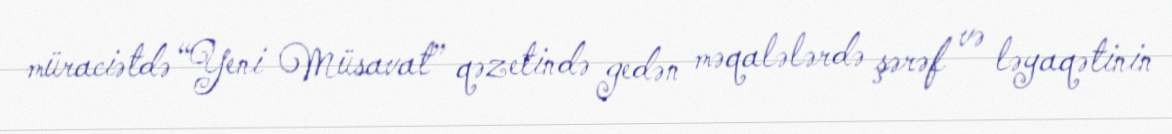
müraciətdə “Yeni Müsavat” qəzetində gedən məqalələrdə şərəf və ləyaqətinin